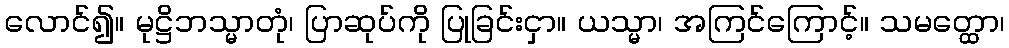
လောင်၍။ မုဋ္ဌိဘသ္မာတုံ၊ ပြာဆုပ်ကို ပြုခြင်းငှာ။ ယသ္မာ၊ အကြင်ကြောင့်။ သမတ္ထော၊